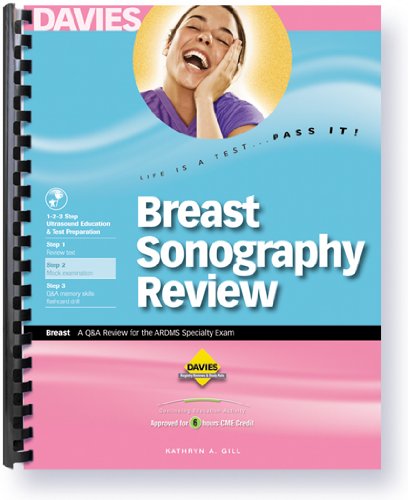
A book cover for Breast Sonography Review; Kathryn A. Gill; Medical Books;